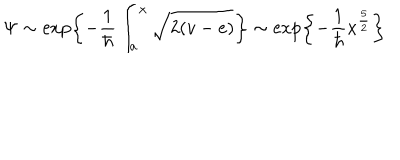
LaTeX: \Psi \sim \exp \left\{ - \frac { 1 } { \hbar } \int _ { a } ^ { x } \sqrt { 2 ( v - e ) } \right\} \sim \exp \left\{ - \frac { 1 } { \hbar } x ^ { \frac { 5 } { 2 } } \right\}